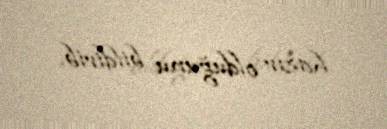
hazır olduğunu bildirib.